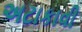
અટાકાવી